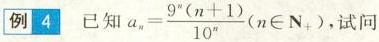
例4 已知$$a _ { n } = \frac { 9 ^ { n } ( n + 1 ) } { 1 0 ^ { n } } ( n ∈ N _ { + } )$$，试问